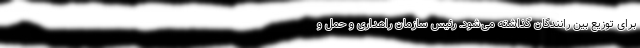
برای توزیع بین رانندگان گذاشته می‌شود. رئیس سازمان راهداری و حمل و